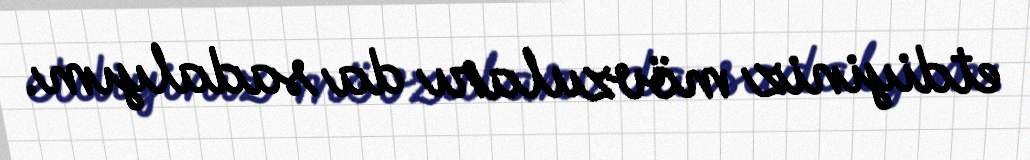
etdiyiniz mövzuları da sadalyım.